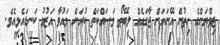
ޒިވްޔަންގެ ހިތުން އޭނައަށް ޖާގައެއް ލިބޭތޯ މަސައްކަތް ކުރަން މައުވާ އަޒުމު ކަނޑައެޅިއެވެ.